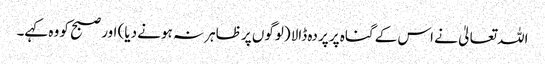
اللہ تعالیٰ نے اس کے گناہ پر پردہ ڈالا (لوگوں پر ظاہر نہ ہونے دیا) اور صبح کو وہ کہے۔